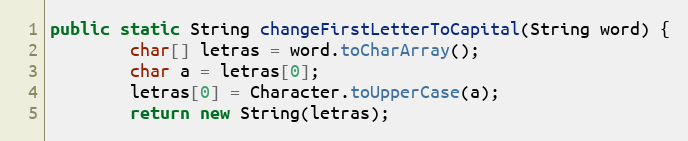
Language: Java
public static String changeFirstLetterToCapital(String word) {
        char[] letras = word.toCharArray();
        char a = letras[0];
        letras[0] = Character.toUpperCase(a);
        return new String(letras);